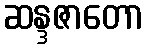
ဆန္ဒဇာတော